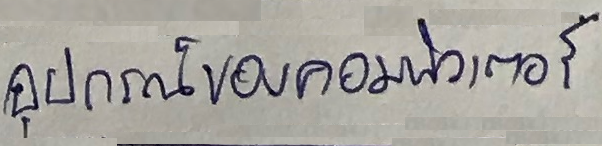
อุปกรณ์ของคอมพิวเตอร์